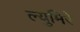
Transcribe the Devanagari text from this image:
ल्युमिरे